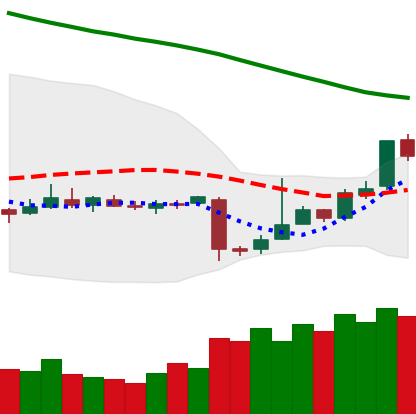
Ticker: EOS-USD
Chart end date: 2018-11-07
Forward return: -4.379%
Label: down_3_5